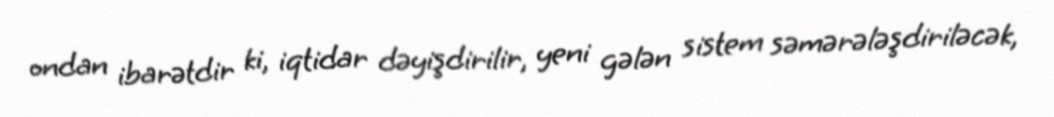
ondan ibarətdir ki, iqtidar dəyişdirilir, yeni gələn sistem səmərələşdiriləcək,